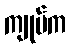
ကျုပ်က